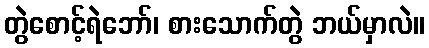
တွဲစောင့်ရဲဘော်၊ စားသောက်တွဲ ဘယ်မှာလဲ။